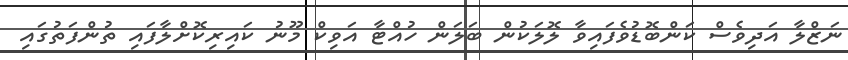
ނަޒްލާ އަދިވެސް ކަންބޮޑުވެފައިވާ ލޮލަކުން ބަލަން ހުއްޓާ އަވިކް މޫނު ކައިރިކޮށްލާފައި ތުންފަތުގައި